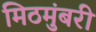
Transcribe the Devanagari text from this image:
मिठमुंबरी